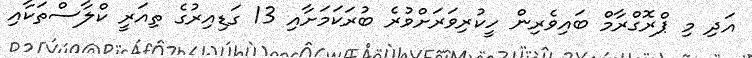
އަދި މި ޕްރޮގްރާާމް ބައިވެރިން ހީކުރިވަރަށްވުރެ ބުރަކަމަށާއި 13 ގަޑިއިރުގެ ތިއަރީ ކްލާސްތަކާއި